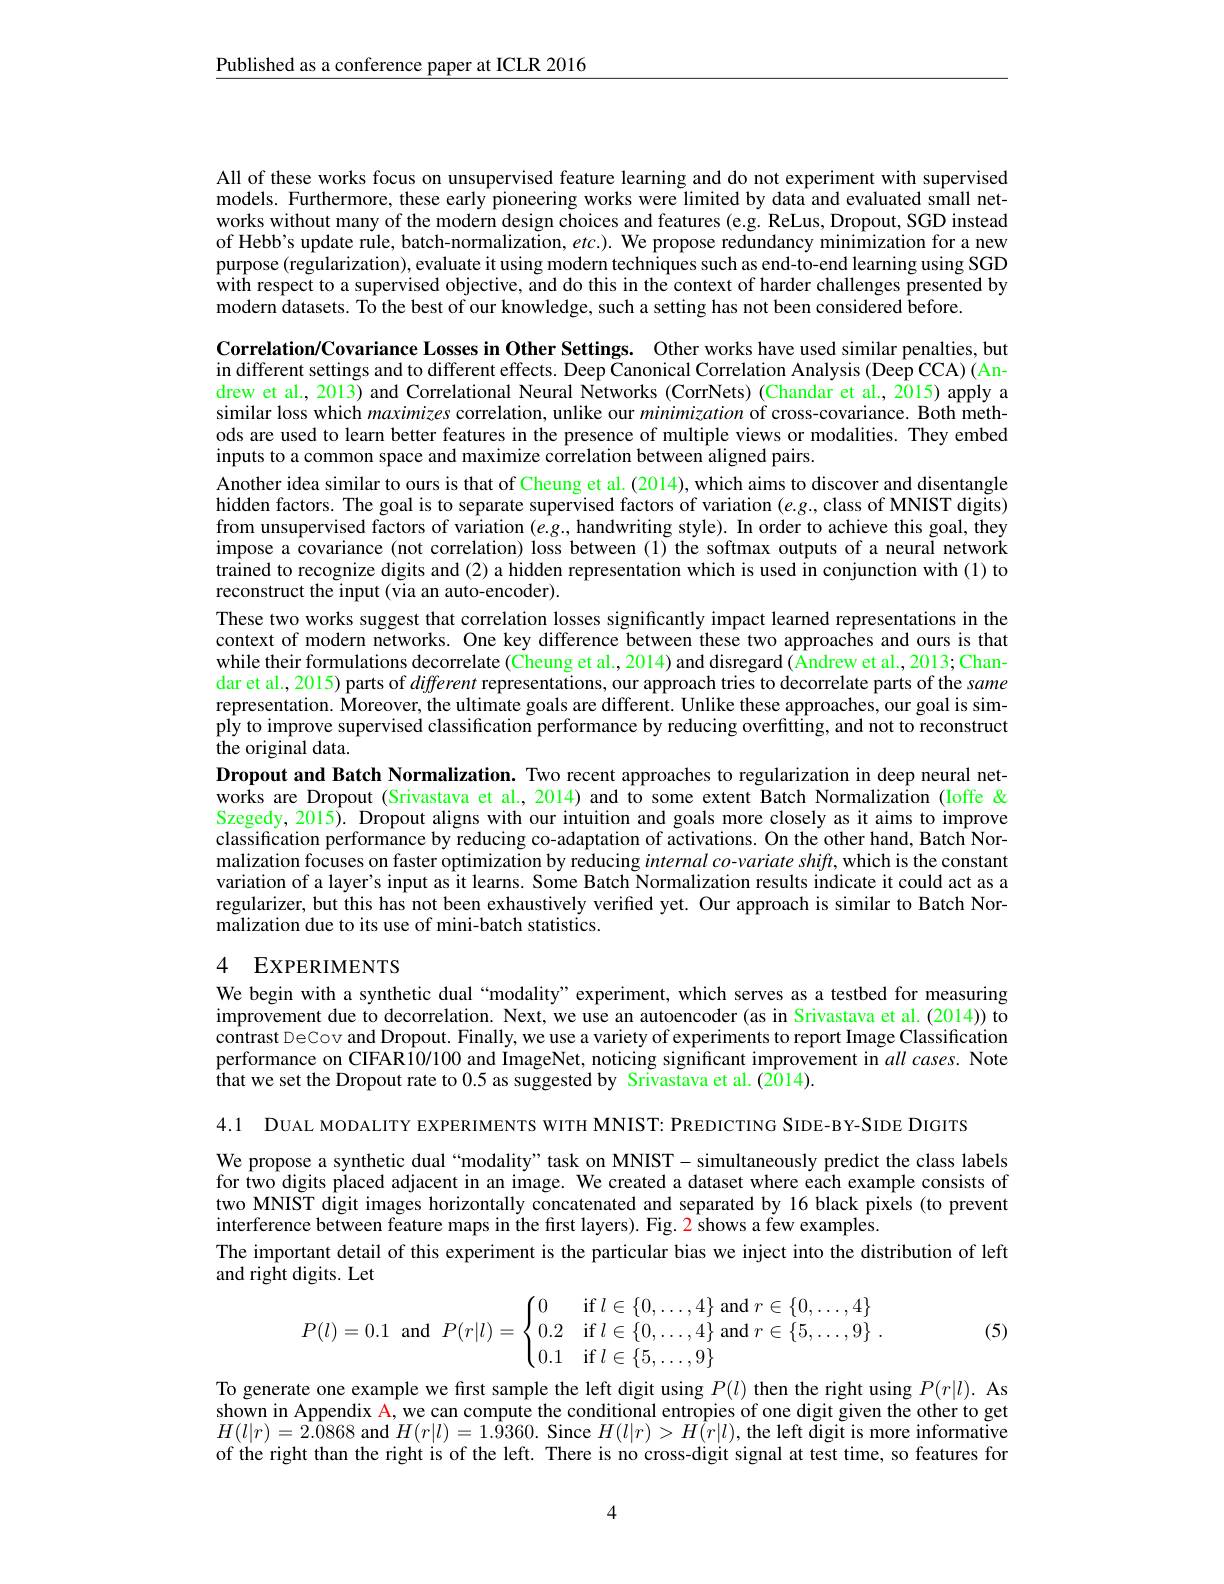
$\underline{\text{Published as a conference paper at ICLR 2016}}$

All of these works focus on unsupervised feature learning and do not experiment with supervised models. Furthermore, these early pioneering works were limited by data and evaluated small networks without many of the modern design choices and features (e.g. ReLus, Dropout, SGD instead of Hebb's update rule, batch-normalization, $etc.).$ We propose redundancy minimization for a new purpose (regularization), evaluate it using modern techniques such as end-to-end learning using SGD with respect to a supervised objective, and do this in the context of harder challenges presented by modern datasets. To the best of our knowledge, such a setting has not been considered before.

Correlation/Covariance Losses in Other Settings. Other works have used similar penalties, but in different settings and to different effects. Deep $\bar{\text{Canonical Correlation Analysis(Deep CCA)(An-}}$ drew et al., 2013) and Correlational Neural Networks (CorrNets) (Chandar et al., 2015) apply a similar loss which maximizes correlation, unlike our minimization of cross-covariance. Both methods are used to learn better features in the presence of multiple views or modalities. They embed inputs to a common space and maximize correlation between aligned pairs.
Another idea similar to ours is that of Cheung et al. (2014), which aims to discover and disentangle hidden factors. The goal is to separate supervised factors of variation $(e.g.$,class of MNIST digits) from unsupervised factors of variation $(e.g.$,handwriting style). In order to achieve this goal, they impose a covariance (not correlation) loss between (1) the softmax outputs of a neural network trained to recognize digits and (2) a hidden representation which is used in conjunction with (1) to reconstruct the input (via an auto-encoder).
These two works suggest that correlation losses significantly impact learned representations in the context of modern networks. One key difference between these two approaches and ours is that while their formulations decorrelate (Cheung et al., 2014) and disregard (Andrew et al., 2013; Chandar et al., 2015) parts of different representations, our approach tries to decorrelate parts of the same representation. Moreover, the ultimate goals are different. Unlike these approaches, our goal is simply to improve supervised classification performance by reducing overfitting, and not to reconstruct ${\ddot{\text{the original data}}}.$
Dropout and Batch Normalization. Two recent approaches to regularization in deep neural networks are Dropout (Srivastava et al., 2014) and to some extent Batch Normalization (Ioffe & Szegedy, 2015). Dropout aligns with our intuition and goals more closely as it aims to improve classification performance by reducing co-adaptation of activations. On the other hand, Batch Normalization focuses on faster optimization by reducing internal co-variate shiff, which is the constant variation of a layer's input as it learns. Some Batch Normalization results indicate it could act as a regularizer, but this has not been exhaustively verified yet. Our approach is similar to Batch Normalization due to its use of mini-batch statistics.

## 4 EXPERIMENTS

We begin with a synthetic dual “modality” experiment, which serves as a testbed for measuring $\tilde{\text{improvement due to decorrelation. Next, we use an autoencoder (as in Srivastava et al.(2014)) to}}$ contrast DeCov and Dropout. Finally, we use a variety of experiments to report Image Classification performance on CIFAR IO/100 and ImageNet, noticing significant improvement in all cases. Note that we set the Dropout rate to 0.5 as suggested by Srivastava et al.(2014).

4.1 DUAL MODALITY EXPERIMENTS WITH MNIST: PREDICTING SIDE-BY-SIDE DIGITS

We propose a synthetic dual“modality” task on MNIST- simultaneously predict the class labels for two digits placed adjacent in an image. We created a dataset where each example consists of two MNIST digit images horizontally concatenated and separated by 16 black pixels (to prevent interference between feature maps in the first layers). Fig. 2 shows a few examples.
The important detail of this experiment is the particular bias we inject into the distribution of left
and right digits. Let
$$P(l)=0.1\:\text{and}\:P(r|l)=\begin{cases}0&\text{if}l\in\{0,\dots,4\}\text{and}r\in\{0,\dots,4\}\\0.2&\text{if}l\in\{0,\dots,4\}\text{and}r\in\{5,\dots,9\}\\0.1&\text{if}l\in\{5,\dots,9\}\end{cases}.$$
(5)

To generate one example we first sample the left digit using $P(l)$ then the right using $P(r|l).$ As shown in Appendix A, we can compute the conditional entropies of one digit given the other to get $H(l|r)=\hat{2}.\hat{0}868$ and $H(r|l)=1.\hat{9}360.$ Since $H(l|r)>H\hat{(}r|l)$,the left digit is more informative of the right than the right is of the left. There is no cross-digit signal at test time, so features for

4